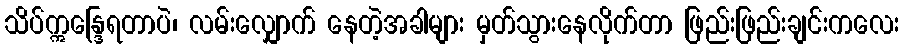
သိပ်ဣန္ဒြေရတာပဲ၊ လမ်းလျှောက် နေတဲ့အခါများ မှတ်သွားနေလိုက်တာ ဖြည်းဖြည်းချင်းကလေး